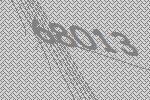
68013